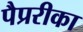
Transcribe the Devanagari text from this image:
पैप्ररीका